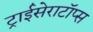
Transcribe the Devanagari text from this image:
ट्राईसेराटॉप्स